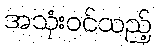
အသုံးဝင်သည့်